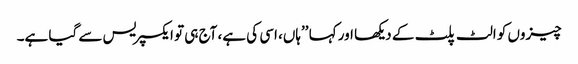
چیزوں کو الٹ پلٹ کے دیکھا اور کہا ’’ہاں، اسی کی ہے، آج ہی تو ایکسپریس سے گیا ہے۔